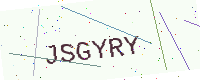
Text: JSGYRY